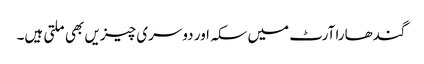
گندھارا آرٹ میں سکہ اور دوسری چیزیں بھی ملتی ہیں۔